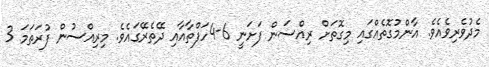
މެދުވެރިވެއެވެ. އާންމުގޮތެއްގައި މިގޮތަށް ރިއްސަން ފަށަނީ 6-4ހަފްތާއާއި ދޭތެރޭގައެވެ. މިރިއްސުން ފުރަތަމަ 3